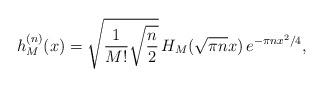
LaTeX: \begin{align*}h^{(n)}_{M}(x)=\sqrt{\frac{1}{M!}\sqrt{\frac{n}{2}}}\,H_{M}(\sqrt{\pi n}x)\,e^{-\pi nx^2/4} ,\end{align*}